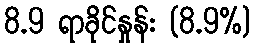
8.9 ရာခိုင်နှုန်း (8.9%)